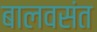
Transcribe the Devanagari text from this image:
बालवसंत